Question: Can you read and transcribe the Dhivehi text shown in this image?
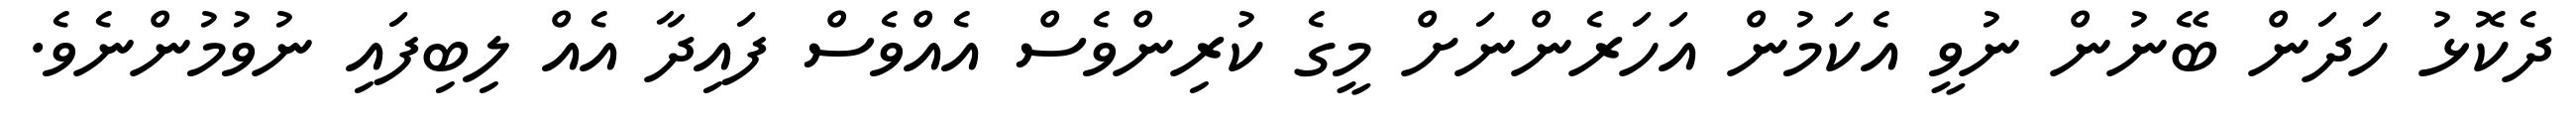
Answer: ދެކޮޅު ހަދަން ބޭނުން ނުވީ އެކަމުން އަހަރެންނަށް މީގެ ކުރިންވެސް އެއްވެސް ފައިދާ އެއް ލިބިފައި ނުވުމުންނެވެ.